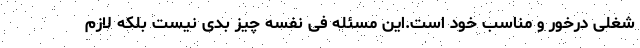
شغلی درخور و مناسب خود است.این مسئله فی نفسه چیز بدی نیست بلکه لازم